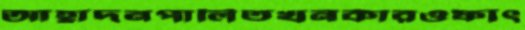
আহ্লাদনপার্লিতখনকারওফাৎ